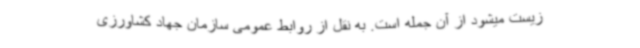
زیست میشود از آن جمله است. به نقل از روابط عمومی سازمان جهاد کشاورزی